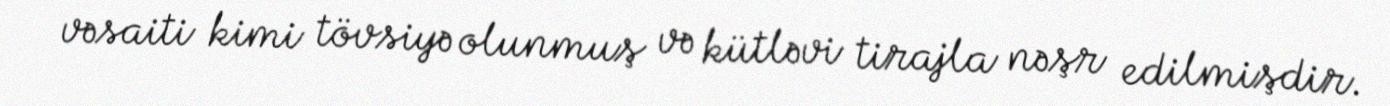
vəsaiti kimi tövsiyə olunmuş və kütləvi tirajla nəşr edilmişdir.